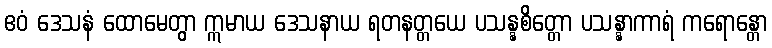
ဧဝံ ဒေသနံ ထောမေတွာ ဣမာယ ဒေသနာယ ရတနတ္တယေ ပသန္နစိတ္တော ပသန္နာကာရံ ကရောန္တော